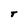
Character: T